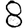
Digit: 8